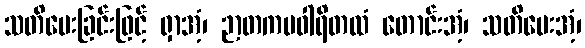
သတိပေးခြင်းဖြင့် ရှာအံ့၊ ဉာတကပဝါရိတထံ တောင်းအံ့၊ သတိပေးအံ့၊